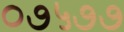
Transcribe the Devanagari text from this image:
०७५७७